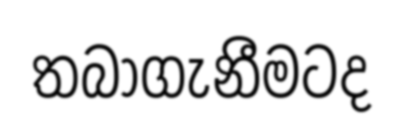
තබාගැනීමටද